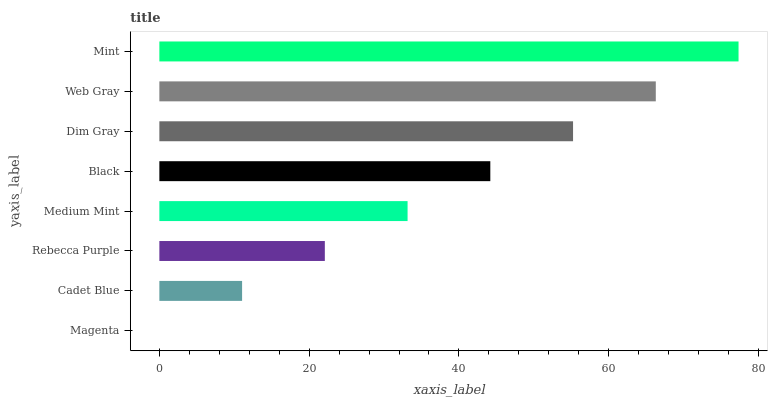
| yaxis_label | bars |
 | --- | --- |
 | Magenta | 0 |
 | Cadet Blue | 11 |
 | Rebecca Purple | 22.1 |
 | Medium Mint | 33.1 |
 | Black | 44.2 |
 | Dim Gray | 55.2 |
 | Web Gray | 66.3 |
 | Mint | 77.3 |